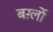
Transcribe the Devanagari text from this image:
बर्ग़्लो